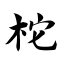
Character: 柁